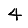
Digit: 4